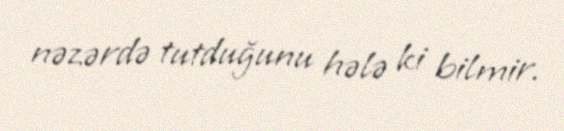
nəzərdə tutduğunu hələ ki bilmir.